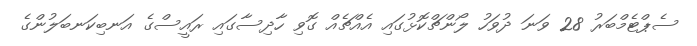
ސެޕްޓެމްބަރު 28 ވަނަ ދުވަހު ލޯންޗްކޮޅުގައި އެއްޗެއް ގޮވި ހާދިސާގައި ރައީސްގެ އަނބިކަނބަލުންގެ